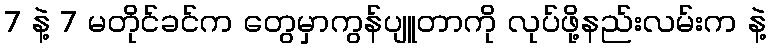
7 နဲ့ 7 မတိုင်ခင်က တွေမှာကွန်ပျူတာကို လုပ်ဖို့နည်းလမ်းက နဲ့